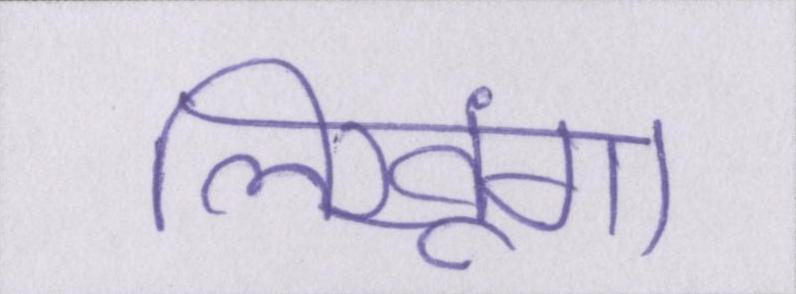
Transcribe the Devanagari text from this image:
लिखूंगा